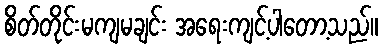
စိတ်တိုင်းမကျမချင်း အရေးကျင့်ပါတော့သည်။